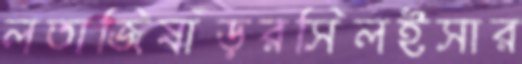
লতাজিষাঁড়রসিলইসার